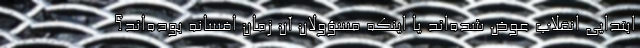
ابتدایی انقلاب عوض شده‌اند یا اینکه مسؤولان آن زمان افسانه بوده‌اند؟